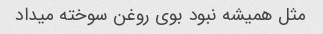
مثل همیشه نبود بوی روغن سوخته میداد